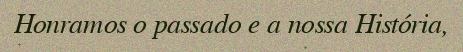
Honramos o passado e a nossa História,